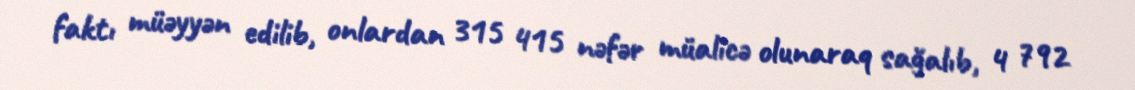
faktı müəyyən edilib, onlardan 315 415 nəfər müalicə olunaraq sağalıb, 4 792